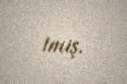
imiş.